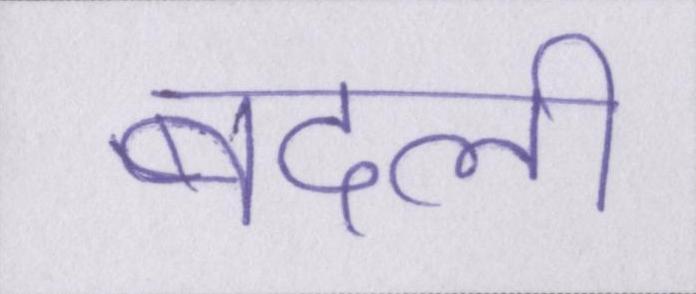
बदली